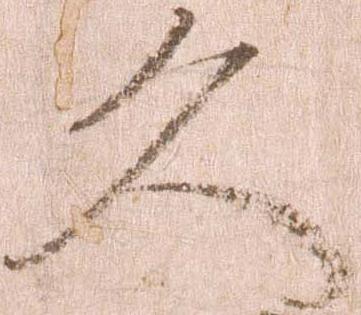
久